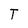
Character: T